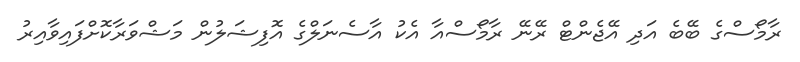
ރާމޯސްގެ ބޭބެ އަދި އޭޖެންޓް ރޭނޭ ރާމޯސްއާ އެކު އާސެނަލްގެ އޮފިޝަލުން މަޝްވަރާކޮށްފައިވާއިރު